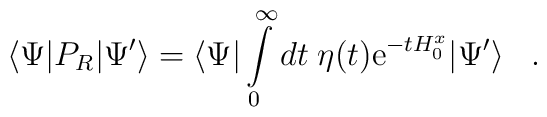
\langle\Psi|P_R|\Psi'\rangle =\langle\Psi|\int\limits_0^{\infty} dt\; \eta(t) {\rm e}^{-tH_0^x}|\Psi'\rangle\;\;\;.